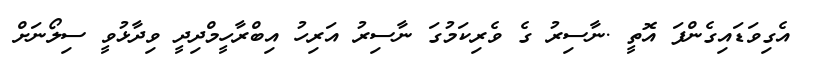
އެގިވަޑައިގެންފަ އޮތީ .ނާސިރު ގެ ވެރިކަމުގަ ނާސިރު އަރިހު އިބްރާހީމްދިދީ ވިދާޅުވީ ސިލޯނަށް